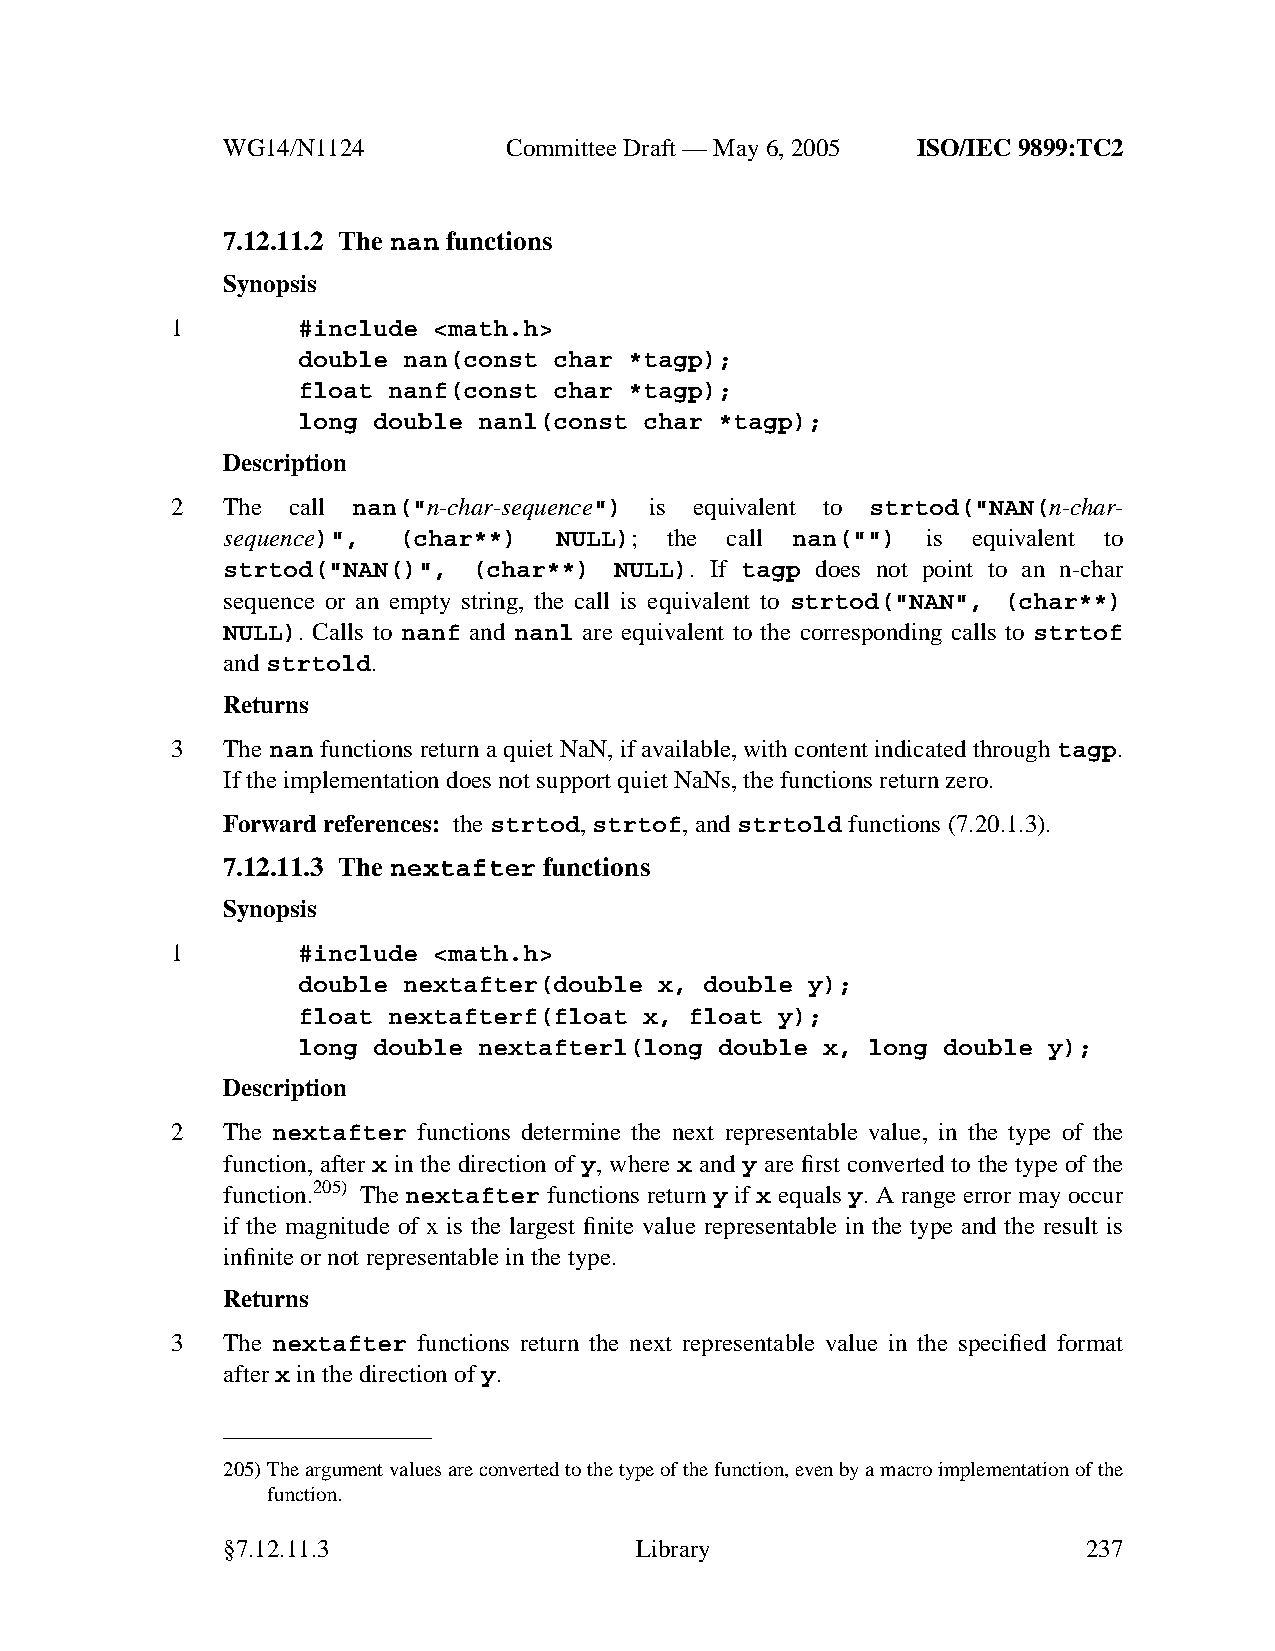
WG14/N1124        CommitteeDraft — May 6, 2005 ISO/IEC 9899:TC2
 7.12.11.2 The nan functions
 Synopsis
 1        #include <math.h>
 double nan(const char *tagp);
 float nanf(const char *tagp);
 long double nanl(const char *tagp);
 Description
 2   The call nan("n-char-sequence") is equivalent to strtod("NAN(n-char-
 sequence)", (char**)  NULL); the call nan("") is equivalent to
 strtod("NAN()", (char**)  NULL). If tagp does not point to an n-char
 sequence or an empty string, the call is equivalent to strtod("NAN", (char**)
 NULL). Calls to nanf and nanl are equivalent to the corresponding calls to strtof
 andstrtold.
 Returns
 3   The nan functions return a quiet NaN, if available, with content indicated through tagp.
 If the implementation does not support quiet NaNs, the functions return zero.
 Forward references: thestrtod,strtof,andstrtold functions (7.20.1.3).
 7.12.11.3 The nextafter functions
 Synopsis
 1        #include <math.h>
 double nextafter(double x, double y);
 float nextafterf(float x, float y);
 long double nextafterl(long double x, long double y);
 Description
 2   The nextafter functions determine the next representable value, in the type of the
 function, after x in the direction of y, where x and y are first converted to the type of the
 function.205) The nextafter functions return y if x equals y. A range error may occur
 if the magnitude of x is the largest finite value representable in the type and the result is
 infinite or not representable in the type.
 Returns
 3   The nextafter functions return the next representable value in the specified format
 afterx in the direction ofy.
 205)The argument values are converted to the type of the function, evenbyamacro implementation of the
 function.
 §7.12.11.3                 Library                       237